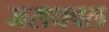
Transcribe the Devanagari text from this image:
जसधवल